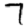
Digit: 7